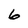
Character: 6